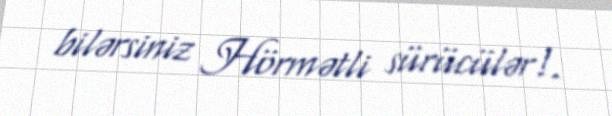
bilərsiniz Hörmətli sürücülər!.